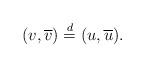
LaTeX: \begin{align*} (v, \overline{v}) \stackrel{d}{=} (u, \overline{u}).\end{align*}